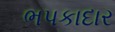
ભપકાદાર